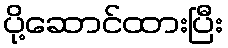
ပို့ဆောင်ထားပြီး